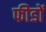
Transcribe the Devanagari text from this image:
फीडों